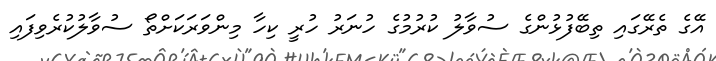
އޭގެ ތެރޭގައި ތިބޭފުޅުންގެ ސުވާލު ކުރުމުގެ ހުނަރު ހުރީ ކިހާ މިންވަރަކަށްތޯ ސުވާލުކުރެވިފައި